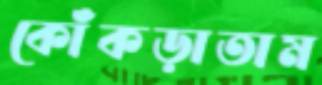
কোঁকড়াতাম